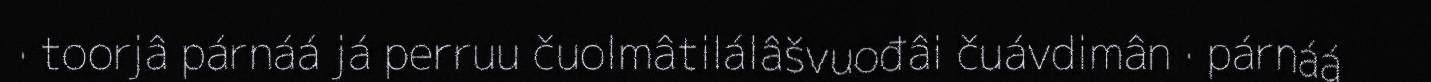
· toorjâ párnáá já perruu čuolmâtilálâšvuođâi čuávdimân · párnáá